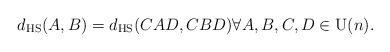
LaTeX: \begin{align*} d_ \textrm{HS}(A,B) = d_ \textrm{HS}(CAD,CBD) \forall A,B,C,D \in \mathrm{U}(n).\end{align*}